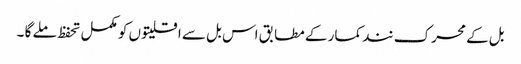
بل کے محرک نند کمار کے مطابق اس بل سے اقلیتوں کو مکمل تحفظ ملے گا ۔